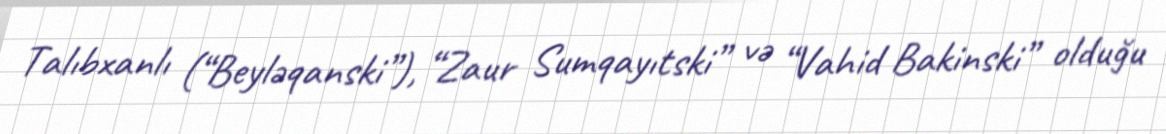
Talıbxanlı (“Beyləqanski”), “Zaur Sumqayıtski” və “Vahid Bakinski” olduğu